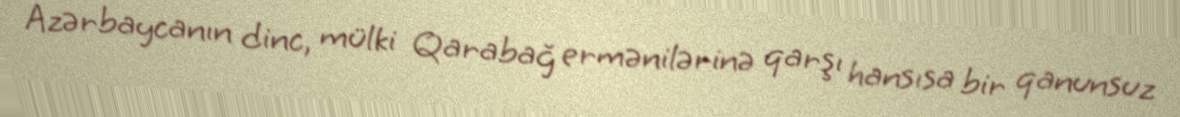
Azərbaycanın dinc, mülki Qarabağ ermənilərinə qarşı hansısa bir qanunsuz